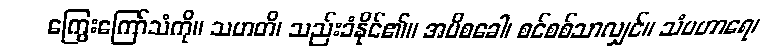
ကြွေးကြော်သံကို။ သဟတိ၊ သည်းခံနိုင်၏။ အပိစခေါ၊ စင်စစ်သာလျှင်။ သံပဟာရေ၊